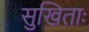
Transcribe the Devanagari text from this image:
सुखिताः